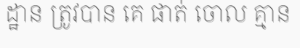
ដ្ឋាន ត្រូវបាន គេ ផាត់ ចោល គ្មាន